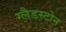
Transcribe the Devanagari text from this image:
ग्‍लैडस्‍टोन